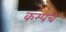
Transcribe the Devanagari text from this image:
कम्पेचे